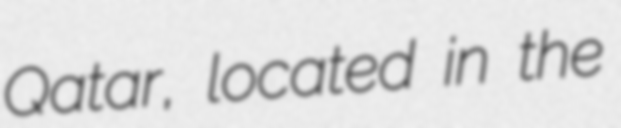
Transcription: Qatar, located in the